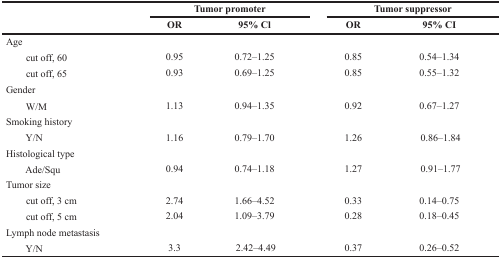
<table><thead><tr><td></td><td colspan="2"><b>Tumor promoter</b></td><td colspan="2"><b>Tumor suppressor</b></td></tr><tr><td></td><td><b>OR</b></td><td><b>95% Cl</b></td><td><b>OR</b></td><td><b>95% CI</b></td></tr></thead><tbody><tr><td>Age</td><td></td><td></td><td></td><td></td></tr><tr><td> cut off, 60</td><td>0.95</td><td>0.72–1.25</td><td>0.85</td><td>0.54–1.34</td></tr><tr><td> cut off, 65</td><td>0.93</td><td>0.69–1.25</td><td>0.85</td><td>0.55–1.32</td></tr><tr><td>Gender</td><td></td><td></td><td></td><td></td></tr><tr><td> W/M</td><td>1.13</td><td>0.94–1.35</td><td>0.92</td><td>0.67–1.27</td></tr><tr><td>Smoking history</td><td></td><td></td><td></td><td></td></tr><tr><td> Y/N</td><td>1.16</td><td>0.79–1.70</td><td>1.26</td><td>0.86–1.84</td></tr><tr><td>Histological type</td><td></td><td></td><td></td><td></td></tr><tr><td> Ade/Squ</td><td>0.94</td><td>0.74–1.18</td><td>1.27</td><td>0.91–1.77</td></tr><tr><td>Tumor size</td><td></td><td></td><td></td><td></td></tr><tr><td> cut off, 3 cm</td><td>2.74</td><td>1.66–4.52</td><td>0.33</td><td>0.14–0.75</td></tr><tr><td> cut off, 5 cm</td><td>2.04</td><td>1.09–3.79</td><td>0.28</td><td>0.18–0.45</td></tr><tr><td>Lymph node metastasis</td><td></td><td></td><td></td><td></td></tr><tr><td> Y/N</td><td>3.3</td><td>2.42–4.49</td><td>0.37</td><td>0.26–0.52</td></tr></tbody></table>